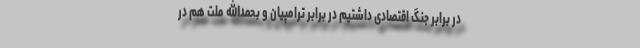
در برابر جنگ اقتصادی داشتیم در برابر ترامپیان و بحمدالله ملت هم در